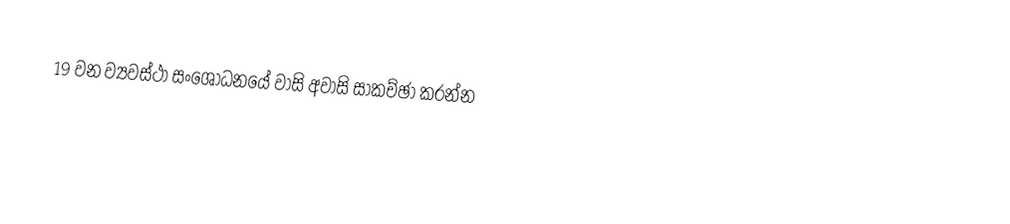
19 වන ව්‍යවස්ථා සංශෝධනයේ වාසි අවාසි සාකච්ඡා කරන්න